Physiological action of certain drugs in tablet form - Number 52A
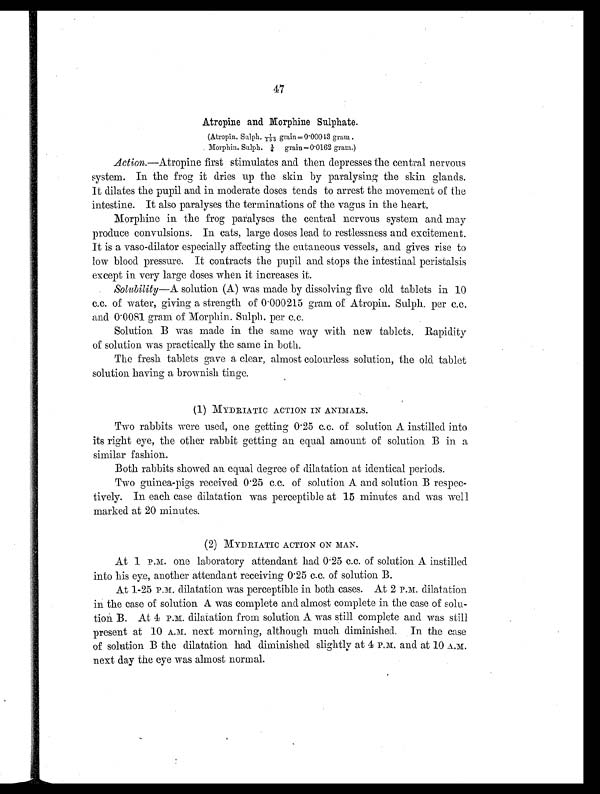
47
Atropine and Morphine Sulphate.
(Atropin. Sulph. 1/155 grain=0.000 43 gram.
Morphin. Sulph. ¼ grain=0.0162 gram.)
Action. —Atropine first stimulates and then depresses the central nervous
system. In the frog it dries up the skin by paralysing the skin glands.
It dilates the pupil and in moderate doses tends to arrest the movement of the
intestine. It also paralyses the terminations of the vagus in the heart.
Morphine in the frog paralyses the central nervous system and may
produce convulsions. In cats, large doses lead to restlessness and excitement.
It is a vaso-dilator especially affecting the cutaneous vessels, and gives rise to
low blood pressure. It contracts the pupil and stops the intestinal peristalsis
except in very large doses when it increases it.
Solubility—A solution (A) was made by dissolving five old tablets in 10
c.c. of water, giving a strength of 0.000215 gram of Atropin. Sulph. per c.c.
and 0.0081 gram of Morphin. Sulph. per c.c.
Solution B was made in the same way with new tablets. Rapidity
of solution was practically the same in both.
The fresh tablets gave a clear, almost colourless solution, the old tablet
solution having a brownish tinge.
(1) MYDRIATIC ACTION IN ANIMALS.
Two rabbits were used, one getting 0.25 c.c. of solution A instilled into
its right eye, the other rabbit getting an equal amount of solution B in a
similar fashion.
Both rabbits showed an equal degree of dilatation at identical periods.
Two guinea-pigs received 0.25 c.c. of solution A and solution B respec-
tively. In each case dilatation was perceptible at 15 minutes and was well
marked at 20 minutes.
(2) MYDRIATIC ACTION ON MAN.
At 1 P.M. one laboratory attendant had 0.25 c.c. of solution A instilled
into his eye, another attendant receiving 0.25 c.c. of solution B.
At 1-25 P.M. dilatation was perceptible in both cases. At 2 P.M. dilatation
in the case of solution A was complete and almost complete in the case of solu-
tion . B. At 4 P.M. dilatation from solution A was still complete and was still
present at 10 A.M. next morning, although much diminished. In the case
of solution B the dilatation had diminished slightly at 4 P.M. and at 10 A.M.
next day the eye was almost normal.